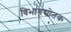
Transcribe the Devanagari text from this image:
विभागद्योतक